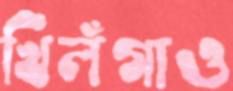
খিলঁগাও